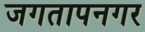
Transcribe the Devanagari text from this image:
जगतापनगर